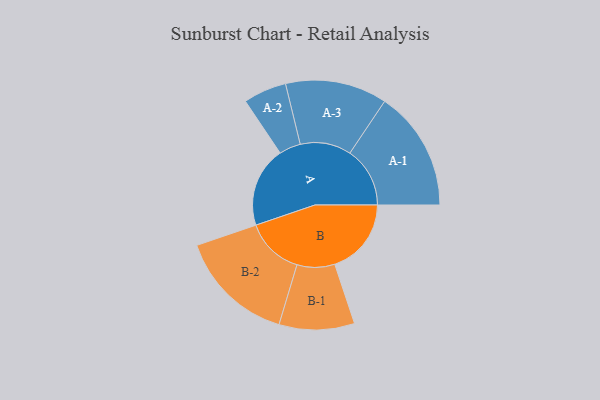
{"axis": {"x": "Segment", "y": "Value"}, "legend": ["", "A", "B"], "data": [{"x": "A", "y": 394, "type": ""}, {"x": "B", "y": 376, "type": ""}, {"x": "A-1", "y": 295, "type": "A"}, {"x": "A-2", "y": 106, "type": "A"}, {"x": "A-3", "y": 250, "type": "A"}, {"x": "B-1", "y": 185, "type": "B"}, {"x": "B-2", "y": 286, "type": "B"}]}